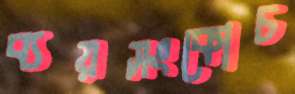
ব্যয়সংকোচ